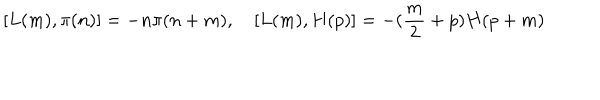
[ L ( m ) , \pi ( n ) ] = - n \pi ( n + m ) , \quad [ L ( m ) , H ( p ) ] = - ( \frac { m } { 2 } + p ) H ( p + m )